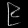
Digit: ၉